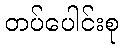
တပ်ပေါင်းစု